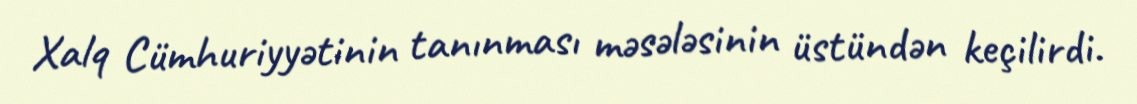
Xalq Cümhuriyyətinin tanınması məsələsinin üstündən keçilirdi.